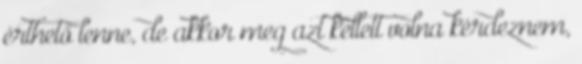
érthető lenne, de akkor meg azt kellett volna kérdeznem,